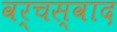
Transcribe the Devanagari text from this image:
वर्चस्वाद